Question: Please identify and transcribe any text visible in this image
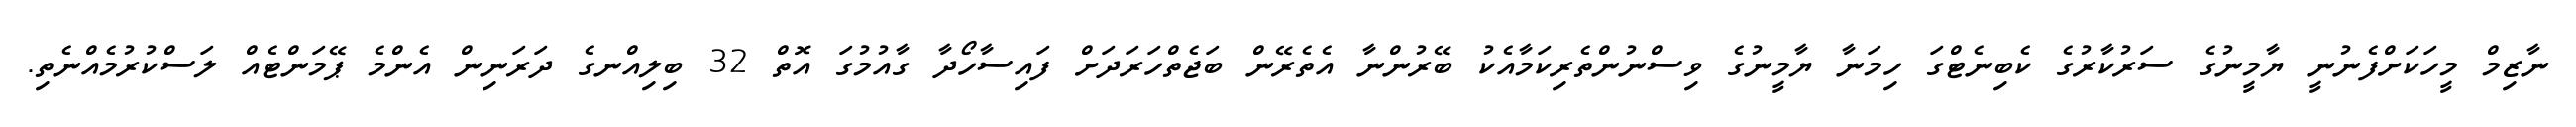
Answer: ނާޒިމް މީހަކަށްފެނުނީ ޔާމީނުގެ ސަރުކާރުގެ ކެބިނެޓްގަ ހިމަނާ ޔާމީނުގެ ވިސްނުންތެރިކަމާއެކު ބޭރުންނާ އެތެރޭން ބަޖެތްހަރަދަށް ފައިސާހޯދާ ގާއުމުގަ އޮތް 32 ބިލިއްނގެ ދަރަނިން އެންމެ ޕޭމަންޓެއް ލަސްކުރުމެއްނެތި.